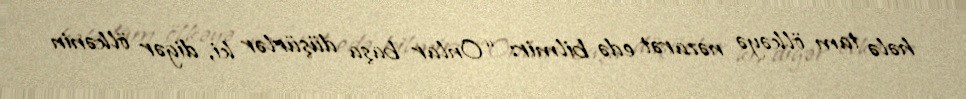
hələ tam ölkəyə nəzarət edə bilmir: “Onlar başa düşürlər ki, digər ölkənin